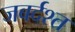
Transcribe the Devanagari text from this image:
जबर्दश्त